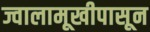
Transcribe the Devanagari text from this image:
ज्वालामूखीपासून